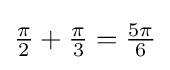
{\textstyle {\frac {\pi }{2}}+{\frac {\pi }{3}}={\frac {5\pi }{6}}}